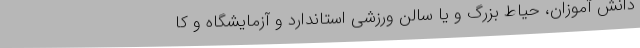
دانش آموزان، حیاط بزرگ و یا سالن ورزشی استاندارد و آزمایشگاه و کا